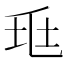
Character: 𡊥